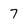
Character: 7